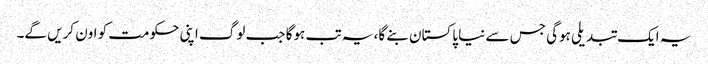
یہ ایک تبدیلی ہوگی جس سے نیا پاکستان بنے گا، یہ تب ہوگا جب لوگ اپنی حکومت کو اون کریں گے۔